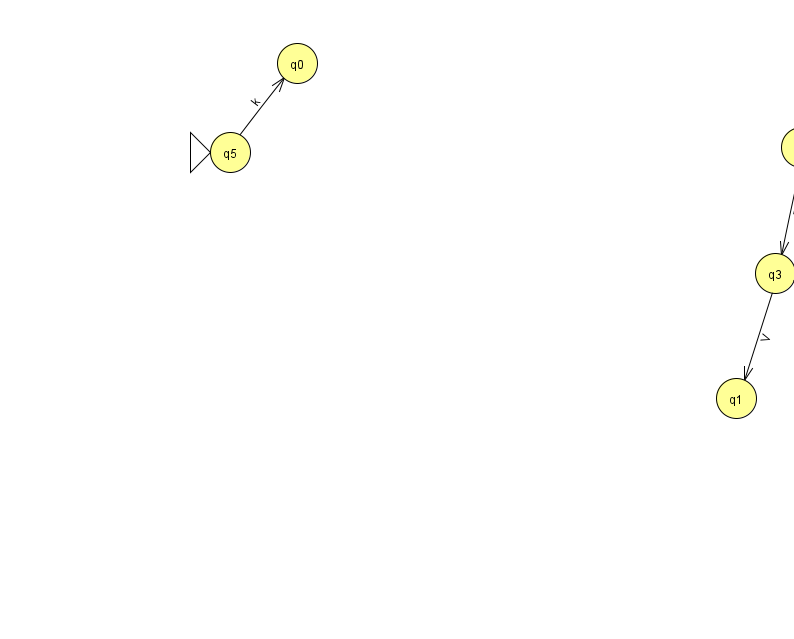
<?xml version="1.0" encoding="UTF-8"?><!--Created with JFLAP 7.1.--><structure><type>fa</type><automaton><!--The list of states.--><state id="0" name="q0"><x>297.0</x><y>50.0</y></state><state id="1" name="q1"><x>736.0</x><y>385.0</y></state><state id="2" name="q2"><x>906.0</x><y>297.0</y><final/></state><state id="3" name="q3"><x>775.0</x><y>260.0</y></state><state id="4" name="q4"><x>801.0</x><y>134.0</y></state><state id="5" name="q5"><x>230.0</x><y>139.0</y><initial/></state><!--The list of transitions.--><transition><from>4</from><to>3</to><read>T</read></transition><transition><from>3</from><to>2</to><read>Z</read></transition><transition><from>2</from><to>3</to><read>f</read></transition><transition><from>5</from><to>0</to><read>k</read></transition><transition><from>3</from><to>1</to><read>V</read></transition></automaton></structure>